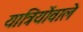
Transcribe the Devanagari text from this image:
यात्रियोंवाले